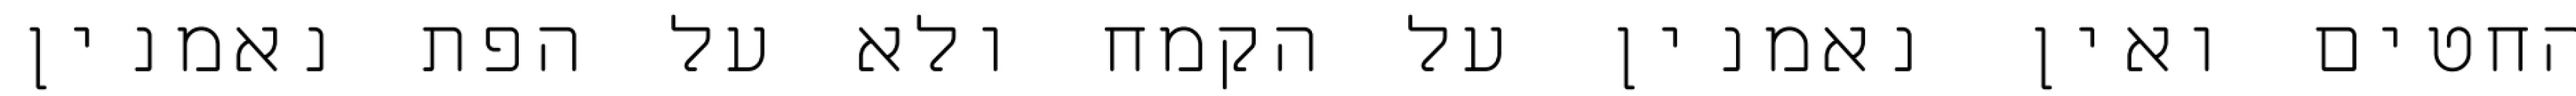
החטים ואין נאמנין על הקמח ולא על הפת נאמנין